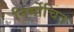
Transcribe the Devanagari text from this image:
निर्मोचित